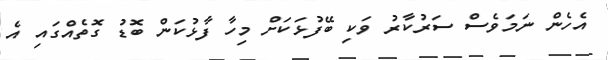
އެހެން ނަމަވެސް ސަރުކާރު ވަކި ބޭފުޅަަކަށް މިހާ ފާޅުކަން ބޮޑު ގޮތެއްގައި އެ